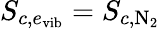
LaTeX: {S_{c,e_{\mathrm{vib}}}}={S_{c,{\mathrm{N_{2}}}}}